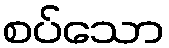
စပ်သော